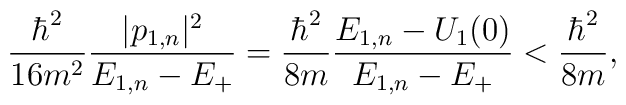
{\hbar^2\over16m^2}{|p_{1,n}|^2\over E_{1,n}-E_+}=   {\hbar^2\over8m}{E_{1,n}-U_1(0)\over E_{1,n}-E_+}<   {\hbar^2\over8m},